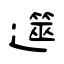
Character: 遾